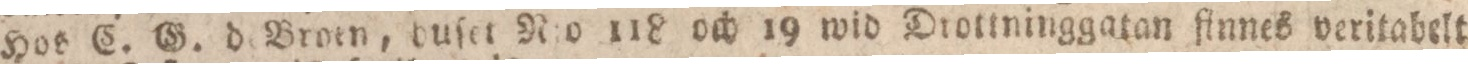
Hos C. G. d Broen, duſet R:o 118 och 19 wid Diottninggatan finnes veritabelt